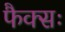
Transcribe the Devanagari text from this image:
फैक्सः